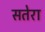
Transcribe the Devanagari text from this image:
सतेरा